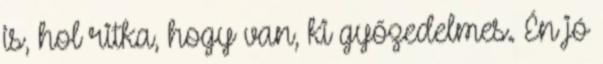
is, hol ritka, hogy van, ki győzedelmes. Én jó